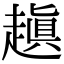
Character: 𧽍